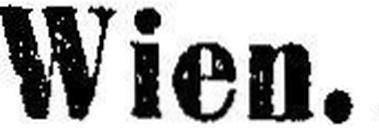
Wien.